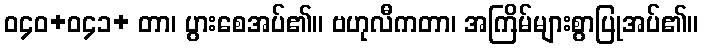
ဝ၄၀+ဝ၄၁+ တာ၊ ပွားစေအပ်၏။ ဗဟုလီကတာ၊ အကြိမ်များစွာပြုအပ်၏။